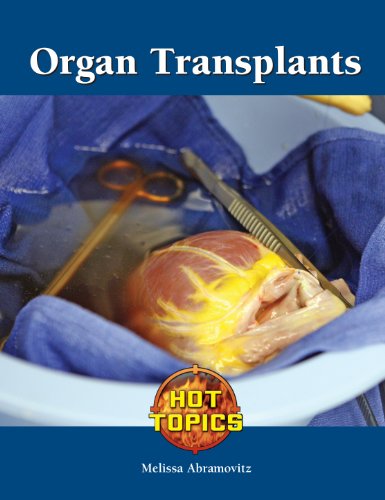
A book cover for Organ Transplants (Hot Topics); Melissa Abramovitz; Teen & Young Adult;